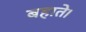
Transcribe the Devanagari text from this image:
बहाते।